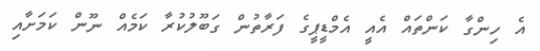
އެ ހިންގާ ކަންތައް އެއީ އެމްޑީޕީގެ ފަރާތުން ގަބޫލުކުރާ ކަމެއް ނޫން ކަމަށާއި